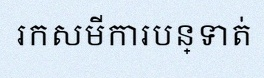
រកសមីការបន្ទាត់